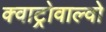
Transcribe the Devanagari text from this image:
क्वाट्रोवाल्वो